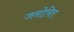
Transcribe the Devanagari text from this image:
जनोचित